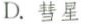
D.彗星